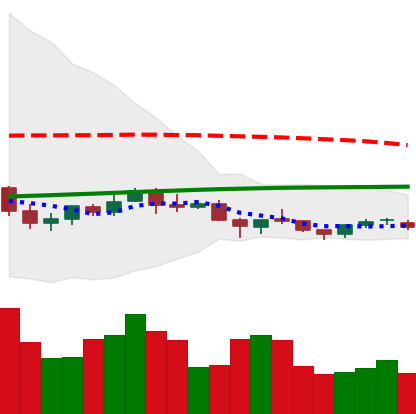
Ticker: NEO-USD
Chart end date: 2021-06-16
Forward return: -34.179%
Label: down_7plus